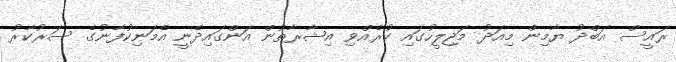
ރައީސް އަބްދު ޔާމިން މިއަދު މަޖިލީހުގައި ކުރެއްވި އިޝާރާތުން އަންގައިދެނީ އެމަނިކުފާނުގެ ސަރުކާރު